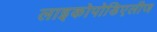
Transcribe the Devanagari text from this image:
लाइकोपोडिएलीज